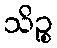
သိဉ္စ